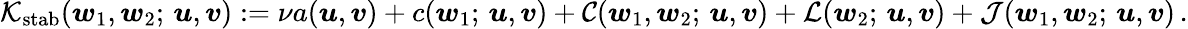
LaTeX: \mathcal{K}_{\mathrm{stab}}(\boldsymbol{w}_{1},\boldsymbol{w}_{2};\, \boldsymbol{u},\boldsymbol{v}):=\nu a(\boldsymbol{u},\boldsymbol{v})+c(\boldsymbol{w}_{1};\, \boldsymbol{u},\boldsymbol{v})+\mathcal{C}(\boldsymbol{w}_{1},\boldsymbol{w}_{2};\, \boldsymbol{u},\boldsymbol{v})+\mathcal{L}(\boldsymbol{w}_{2};\, \boldsymbol{u},\boldsymbol{v})+\mathcal{J}(\boldsymbol{w}_{1},\boldsymbol{w}_{2};\, \boldsymbol{u},\boldsymbol{v})\, .